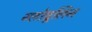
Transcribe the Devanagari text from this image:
ग्लोबूलिन